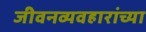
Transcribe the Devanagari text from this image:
जीवनव्यवहारांच्या